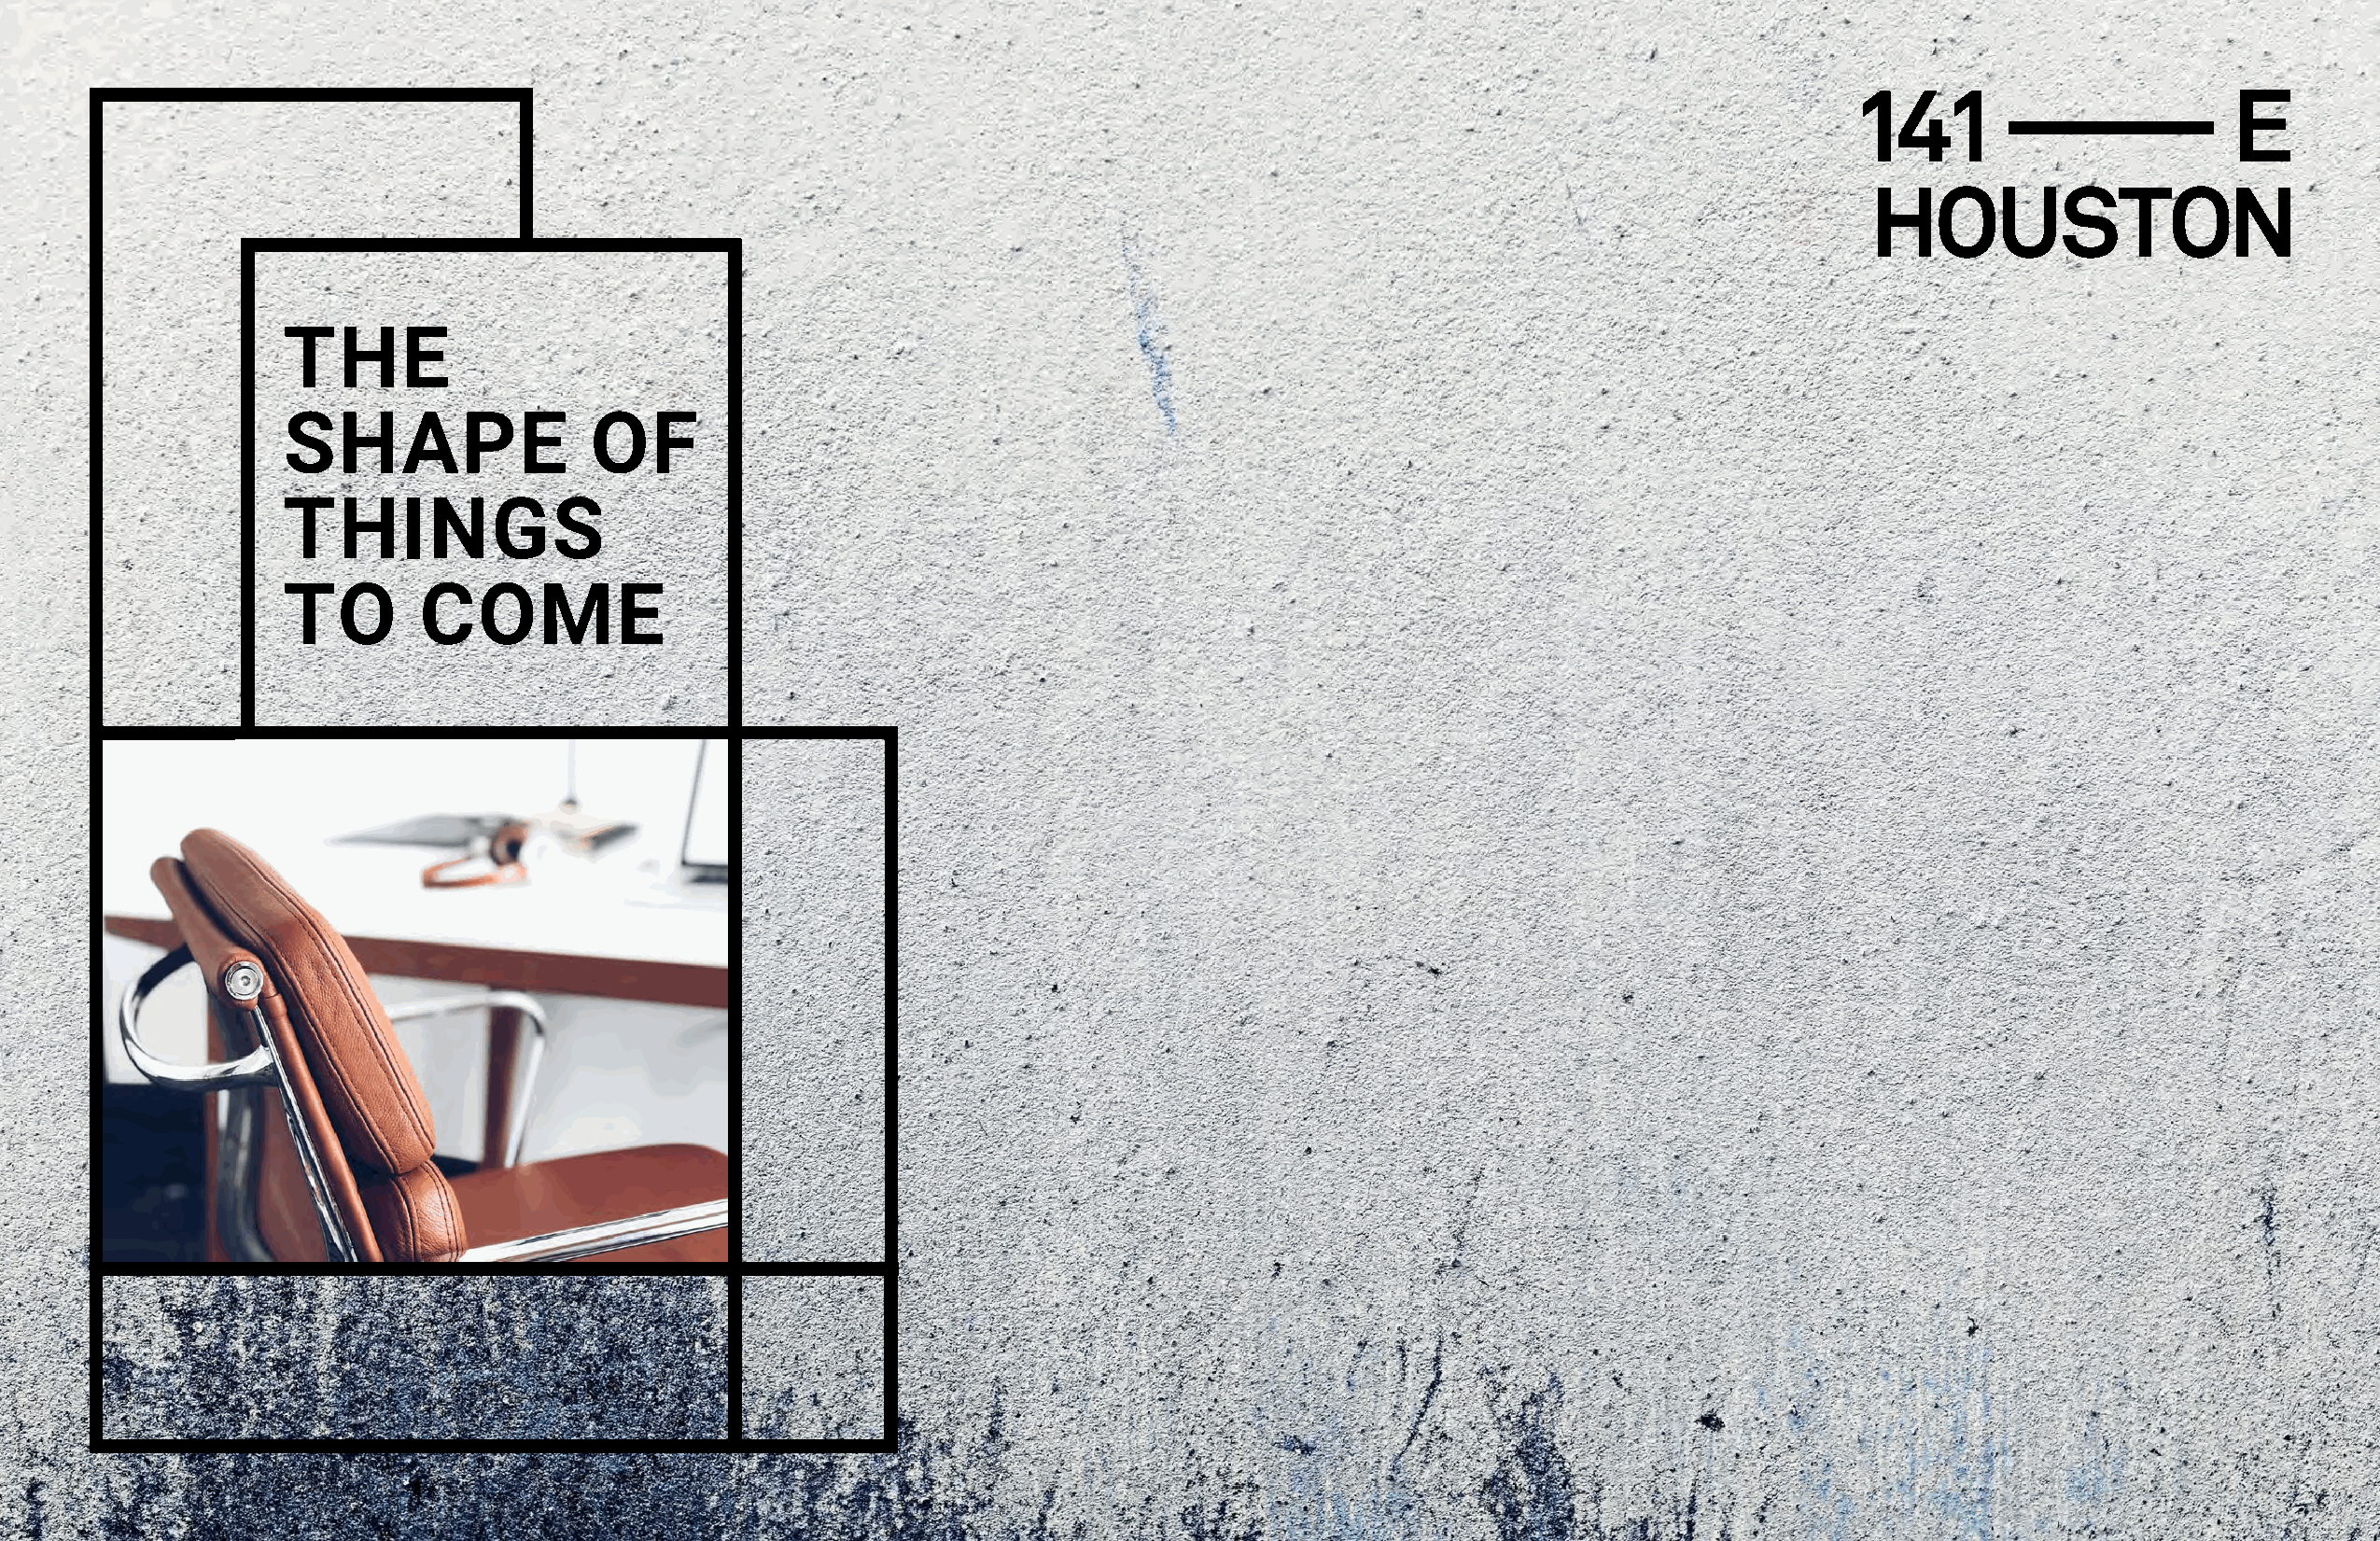
THE
 SHAPE                 OF
 THINGS
 TO        COME